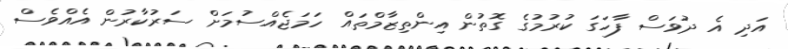
އަދި އެ ދުވަސް ފާހަގަ ކުރުމުގެ ގޮތުން އިންތިޒާމްތައް ހަމަޖެއްސުމަށް ސަރުކާރުން އެއްވެސް